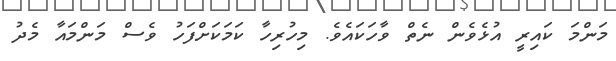
މަންމަ ކައިރީ އުޅެވެން ނެތް ވާހަކައެވެ. މިހުރިހާ ކަމަކަށްފަހު ވެސް މަންމައާ މެދު